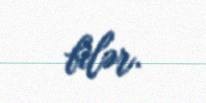
bilər.